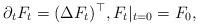
LaTeX: \begin{align*} \partial_t F_t=(\Delta F_t)^\top,F_t|_{t=0}=F_0,\end{align*}